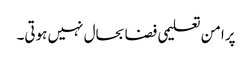
پرامن تعلیمی فضا بحال نہیں ہوتی۔